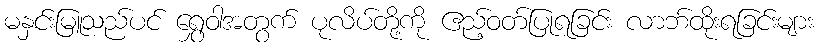
မနှင်းမြူသည်ပင် ရွှေဝါအတွက် ပုလိပ်တို့ကို ဧည့်ဝတ်ပြုရခြင်း လာဘ်ထိုးရခြင်းများ